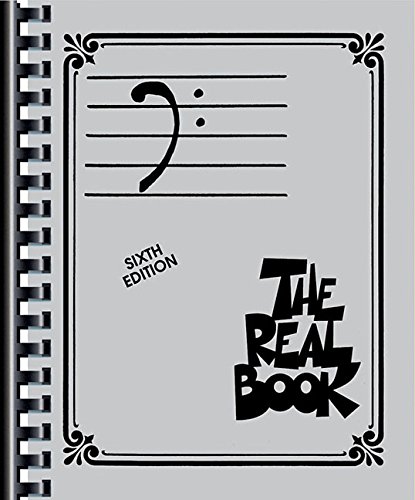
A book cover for The Real Book: Bass Clef, Sixth Edition; Humor & Entertainment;